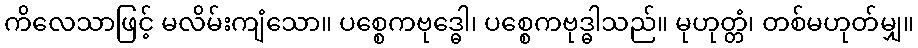
ကိလေသာဖြင့် မလိမ်းကျံသော။ ပစ္စေကဗုဒ္ဓေါ၊ ပစ္စေကဗုဒ္ဓါသည်။ မုဟုတ္တံ၊ တစ်မဟုတ်မျှ။